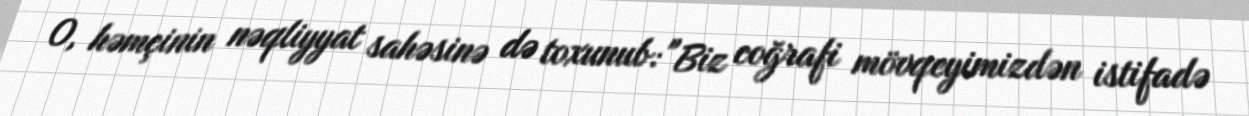
O, həmçinin nəqliyyat sahəsinə də toxunub: "Biz coğrafi mövqeyimizdən istifadə